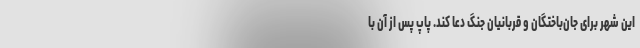
این شهر برای جان‌باختگان و قربانیان جنگ دعا کند. پاپ پس از آن با